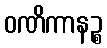
ဝဏိကာနဉ္စ